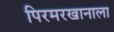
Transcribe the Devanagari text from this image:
पिरमरखानाला